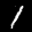
Digit: 1